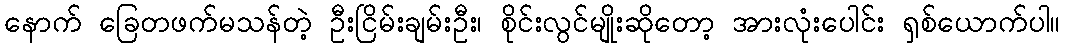
နောက် ခြေတဖက်မသန်တဲ့ ဦးငြိမ်းချမ်းဦး၊ စိုင်းလွင်မျိုးဆိုတော့ အားလုံးပေါင်း ရှစ်ယောက်ပါ။